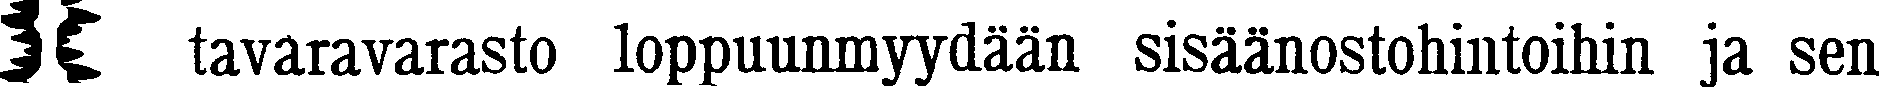
# tavaravarasto loppuunmyydään sisäänostohintoihin ja sen